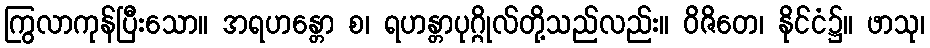
ကြွလာကုန်ပြီးသော။ အရဟန္တော စ၊ ရဟန္တာပုဂ္ဂိုလ်တို့သည်လည်း။ ဝိဇိတေ၊ နိုင်ငံ၌။ ဖာသု၊